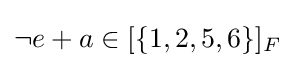
{\textstyle \neg e+a\in [\{1,2,5,6\}]_{F}}